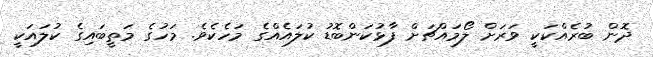
ދޮން ބުރެއްކަކީ ވަރަށް ލޯމައްޗަށް ފާޅުކަންބޮޑު ކުލައެއްގެ މަހެކެވެ. މަހުގެ މަތީބައިގެ ކުލައަކީ